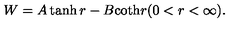
W = A \tanh r - B \mathrm { c o t h } r ( 0 < r < \infty ) .